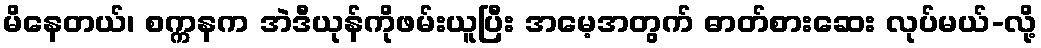
မိနေတယ်၊ စက္ကနက အဲဒီယုန်ကိုဖမ်းယူပြီး အမေ့အတွက် ဓာတ်စားဆေး လုပ်မယ်-လို့